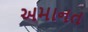
અમાનત